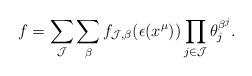
LaTeX: \begin{align*}f=\sum_{\mathcal{J}} \sum_{\beta} f_{\mathcal{J},\beta}(\epsilon(x^{\mu})) \prod_{j \in \mathcal{J}} \theta_j^{\beta^j}.\end{align*}